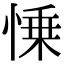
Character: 𢜼